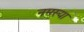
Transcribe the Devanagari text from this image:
नमस्या